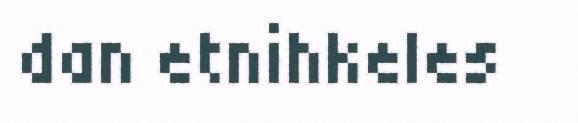
dan etnihkeles